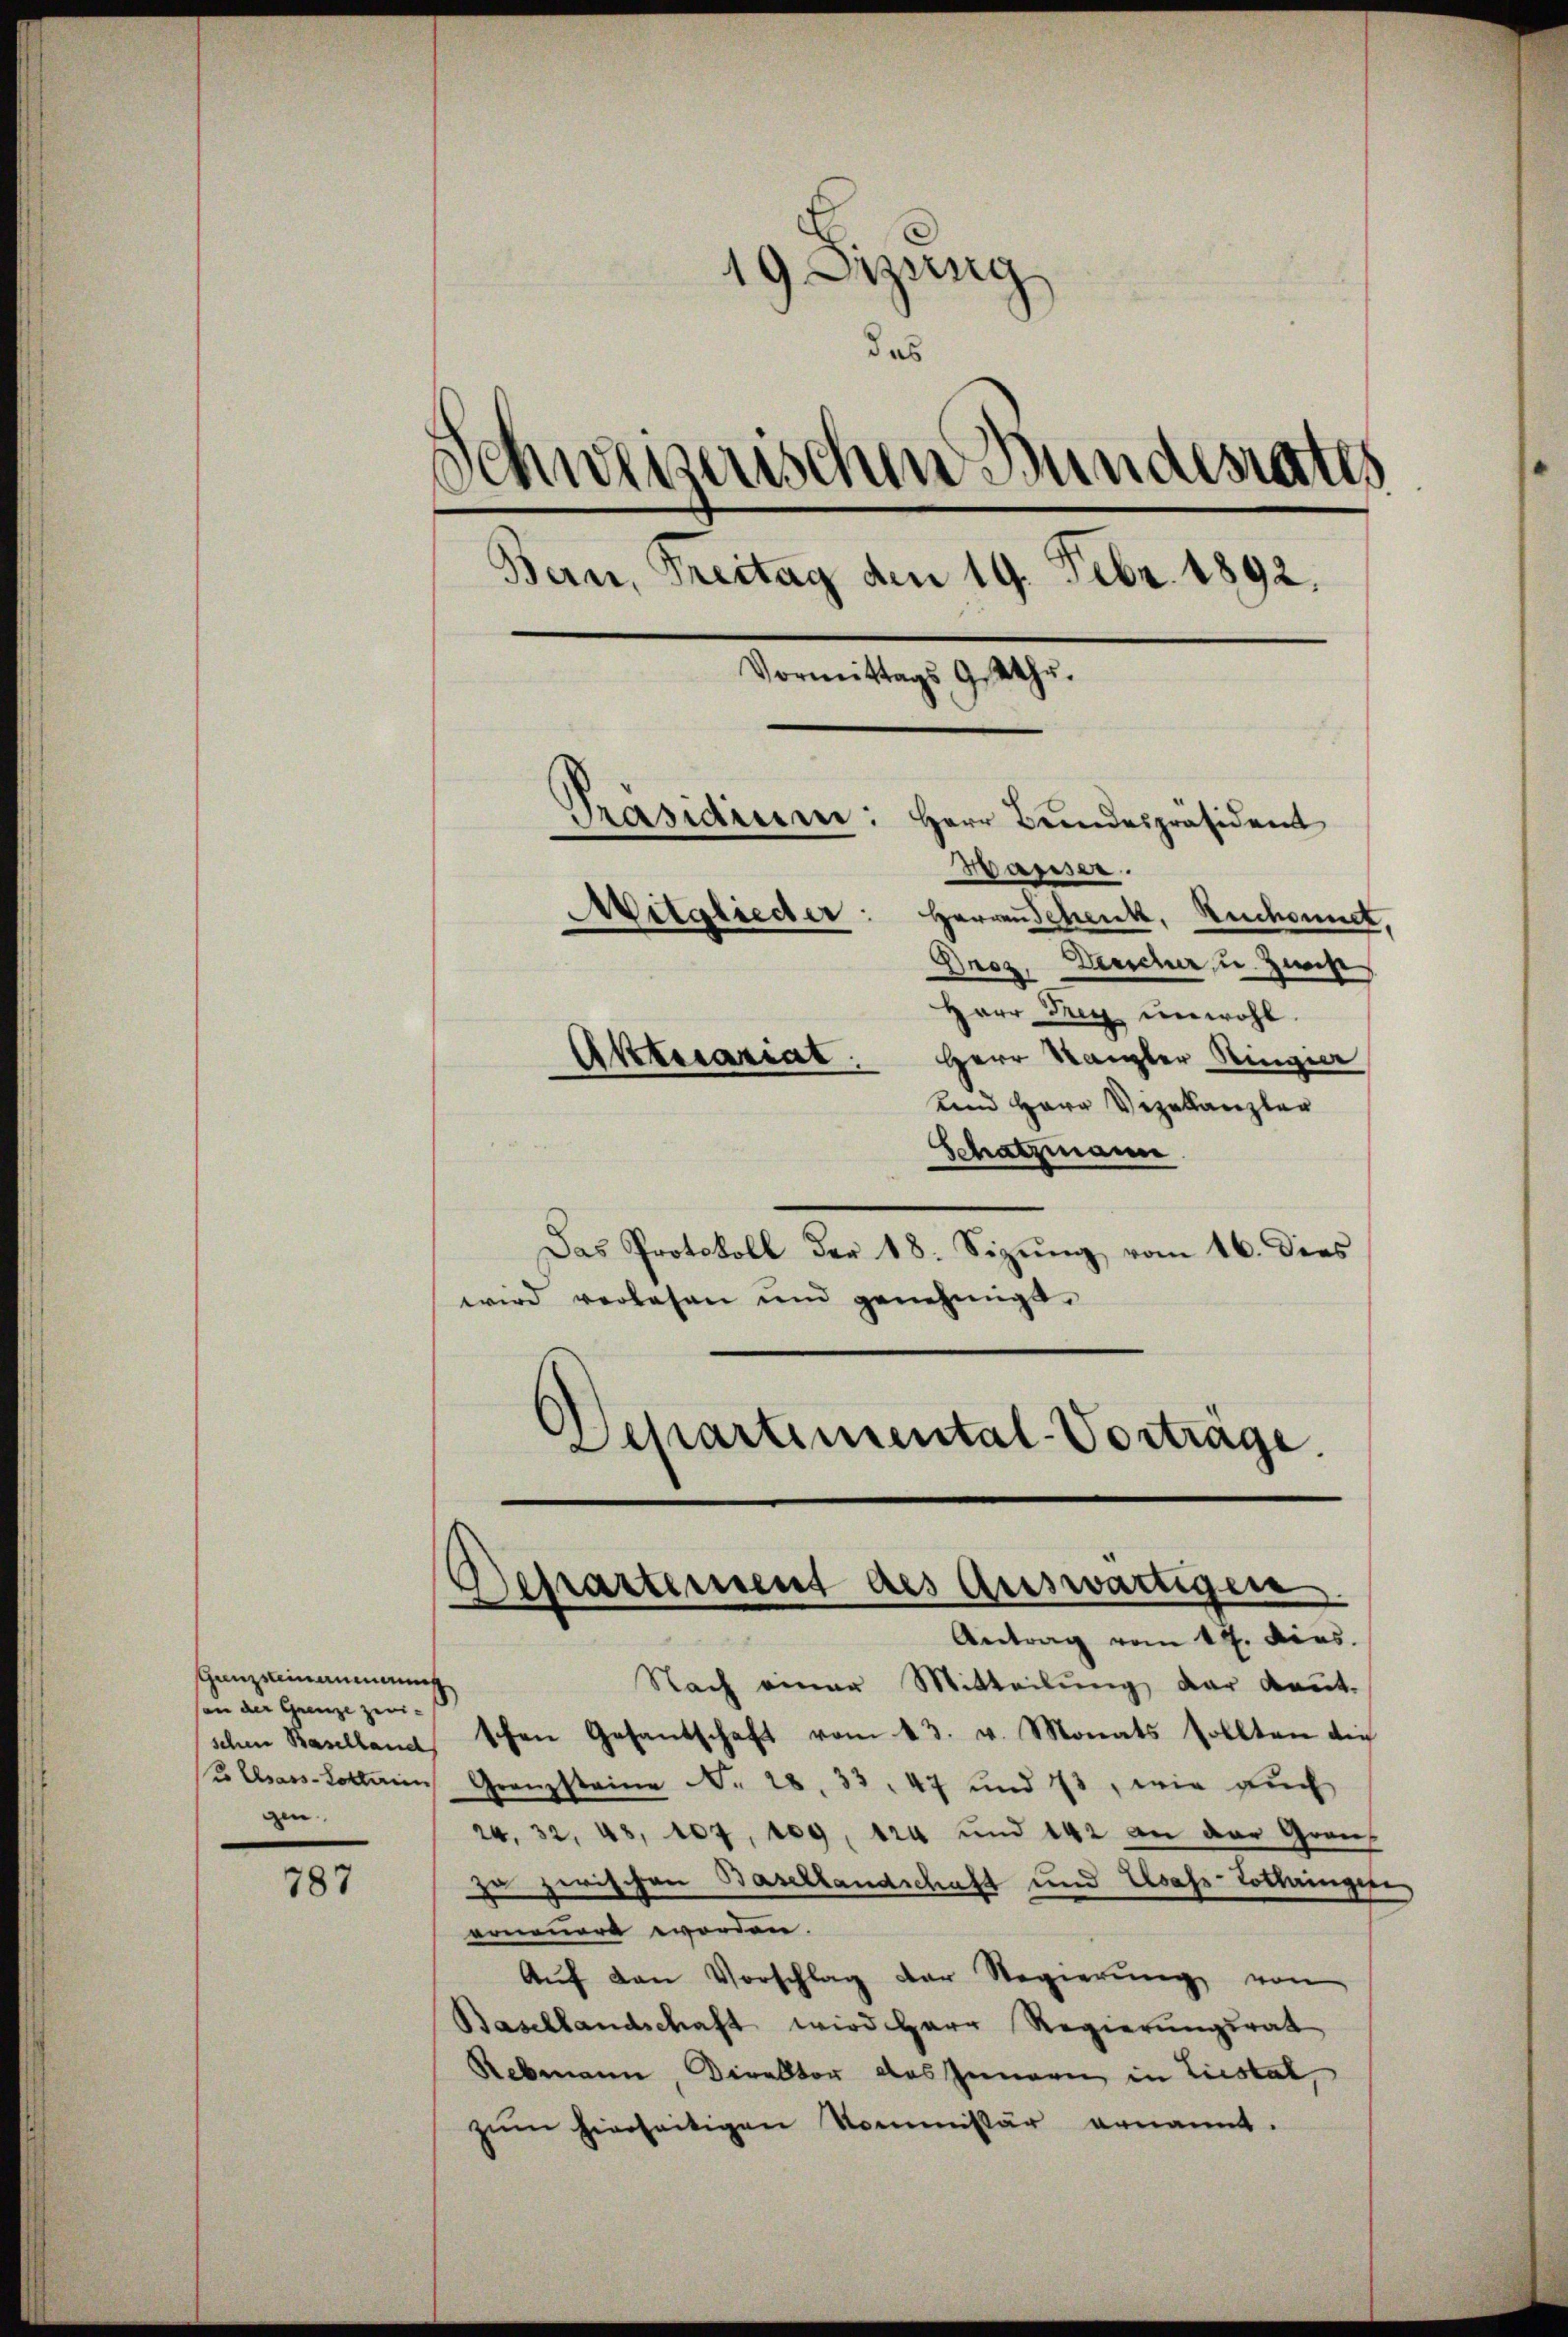
Grenzsteinaumann
son der Grenze zwi-
 Csars-Lotterien
gen.

787

19 Sizung
¬
das
Schweizerischen Bundesrates
Bern, Freitag den 19. Febr. 1892.
Vormittags 9 Uhr.
Präsidium:
Herr Brandespräsident
Basser.
Mitglieder: Herren Schenk, Ruchonnet,
Proz. Deucher, u. Zunge
Herr Drey unwohl
Aktuariat
Herr Kanzler Ringier
und Herr Verellanzler

Schatzmann
Das Protokoll der 18. Sizung vom 16. dies
wird verlesen und genehmigt.
Schartemental-Vorträge.

Departement des Auswärtigen.
Antrag vom 14. dies

Nach einer Mitteilung der kannt.
schen Baselland schen Gesantschaft vom 13. v. Monats sollten die
Granzsteine Nr. 28. 33. 47 und 73, wie auch
24. 32, 45, 107, 109, 124 und 142 an der Grauzu zerischen Basellandschaft und Elsass-Lothringere
erneuert worden.
Aŭf den Vorschlag der Regierŭng von
Basellandschaft wird Herr Regierungsrat
Rebmann, Direktor das Innern, in Liestal,
zŭm hierseitigen Kommissär ernannt.